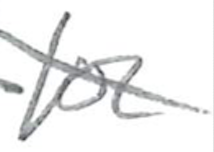
Text: for
Cross-out: diagonal
Writing tool: pencil